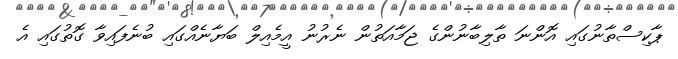
ޕާކިސްތާނުގައި އޮންނަ ތާލިބާނުންގެ ޖަމާއަތުން ނެރުނު އީމެއިލް ބަޔާނެއްގައި ބުނެފައިވާ ގޮތުގައި އެ